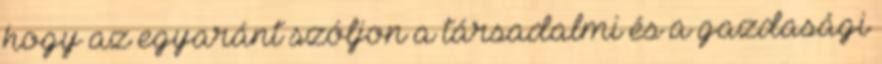
hogy az egyaránt szóljon a társadalmi és a gazdasági